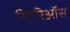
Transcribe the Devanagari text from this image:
स्टिरिऑस